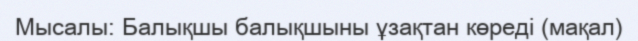
Мысалы: Балықшы балықшыны ұзақтан көреді (мақал)